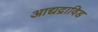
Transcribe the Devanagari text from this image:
आद्यद्राविड